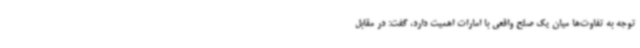
توجه به تفاوت‌ها میان یک صلح واقعی با امارات اهمیت دارد، گفت: در مقابل